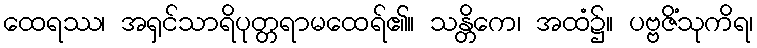
ထေရဿ၊ အရှင်သာရိပုတ္တရာမထေရ်၏။ သန္တိကေ၊ အထံ၌။ ပဗ္ဗဇိံသုကိရ၊